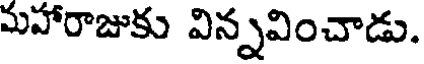
మహారాజుకు విన్నవించాడు.